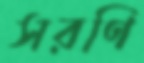
সরণি